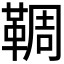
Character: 𩋙